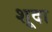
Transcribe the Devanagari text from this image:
शूदा